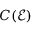
C ( \mathcal { E } )